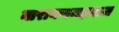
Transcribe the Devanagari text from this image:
नारायणमहाराज